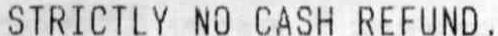
STRICTLY NO CASH REFUND.